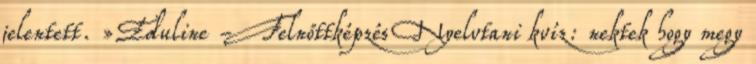
jelentett. »Eduline - Felnőttképzés Nyelvtani kvíz: nektek hogy megy